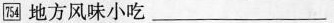
754地方风味小吃___